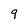
Character: 9